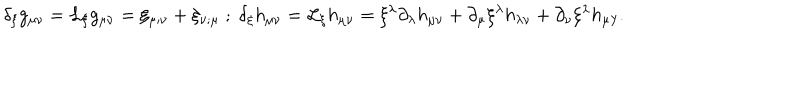
LaTeX: \delta _ { \xi } g _ { \mu \nu } = { \cal L } _ { \xi } g _ { \mu \nu } = \xi _ { \mu ; \nu } + \xi _ { \nu ; \mu } \; ; \; \delta _ { \xi } h _ { \mu \nu } = { \cal L } _ { \xi } h _ { \mu \nu } = \xi ^ { \lambda } \partial _ { \lambda } h _ { \mu \nu } + \partial _ { \mu } \xi ^ { \lambda } h _ { \lambda \nu } + \partial _ { \nu } \xi ^ { \lambda } h _ { \mu \lambda } .